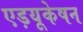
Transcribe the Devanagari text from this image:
एड़यूकेषन